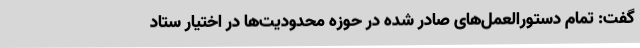
گفت: تمام دستورالعمل‌های صادر شده در حوزه محدودیت‌ها در اختیار ستاد